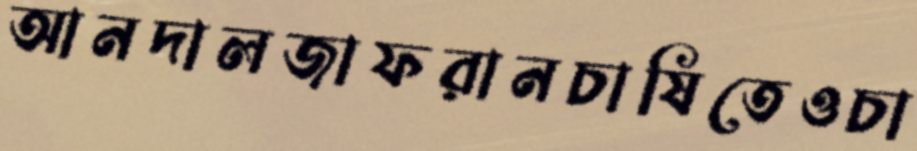
আনদালজাফরানচাষিতেওচা